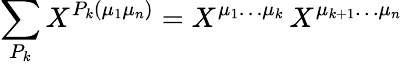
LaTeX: \sum_{P_{k}}X^{P_{k}(\mu_{1}\mu_{n})}=X^{\mu_{1}\ldots\mu_{k}}\, X^{\mu_{k+1}\ldots\mu_{n}}